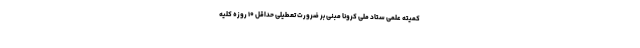
کمیته علمی ستاد ملی کرونا مبنی بر ضرورت تعطیلی حداقل ۱۰ روزه کلیه